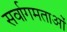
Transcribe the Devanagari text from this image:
सर्वागमताओं